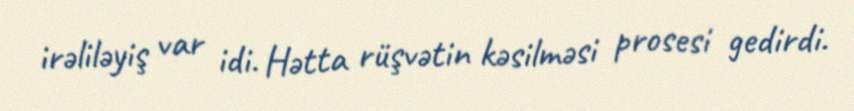
irəliləyiş var idi. Hətta rüşvətin kəsilməsi prosesi gedirdi.